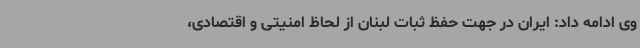
وی ادامه داد: ایران در جهت حفظ ثبات لبنان از لحاظ امنیتی و اقتصادی،